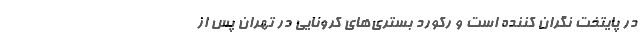
در پایتخت نگران کننده است و رکورد بستری‌های کرونایی در تهران پس از